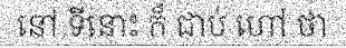
នៅ ទីនោះ ក៏ ជាប់ ហៅ ថា